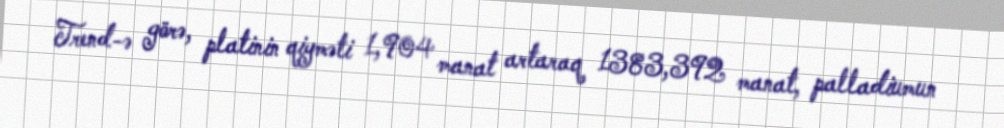
Trend-ə görə, platinin qiyməti 1,904 manat artaraq 1383,392 manat, palladiumun